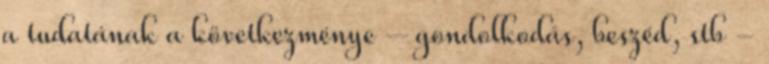
a tudatának a következménye – gondolkodás, beszéd, stb -